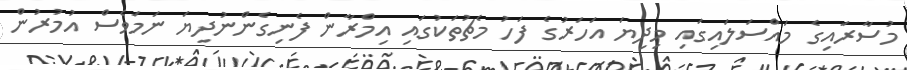
މުސާރައިގެ މައްސަލައިގައި މިދިޔަ އަހަރުގެ ފަހު މެޗުތަކުގައި އިމްރާން ފެނިގެންނުދިޔަ ނަމަވެސް އުމުރުން